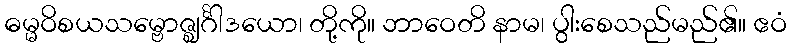
ဓမ္မဝိစယသမ္ဗောဇ္ဈင်္ဂါဒယော၊ တို့ကို။ ဘာဝေတိ နာမ၊ ပွါးစေသည်မည်၏။ ဧဝံ